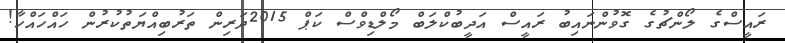
ރައީސްގެ ލޯންޗުގެ ގޮވުންނައިބު ރައީސް އަދީބުކްލަބް މޯލްޑިވްސް ކަޕް 2015ދަރިން ތަރުބިއްޔަތުކުރުން ހައްހައްހާ!